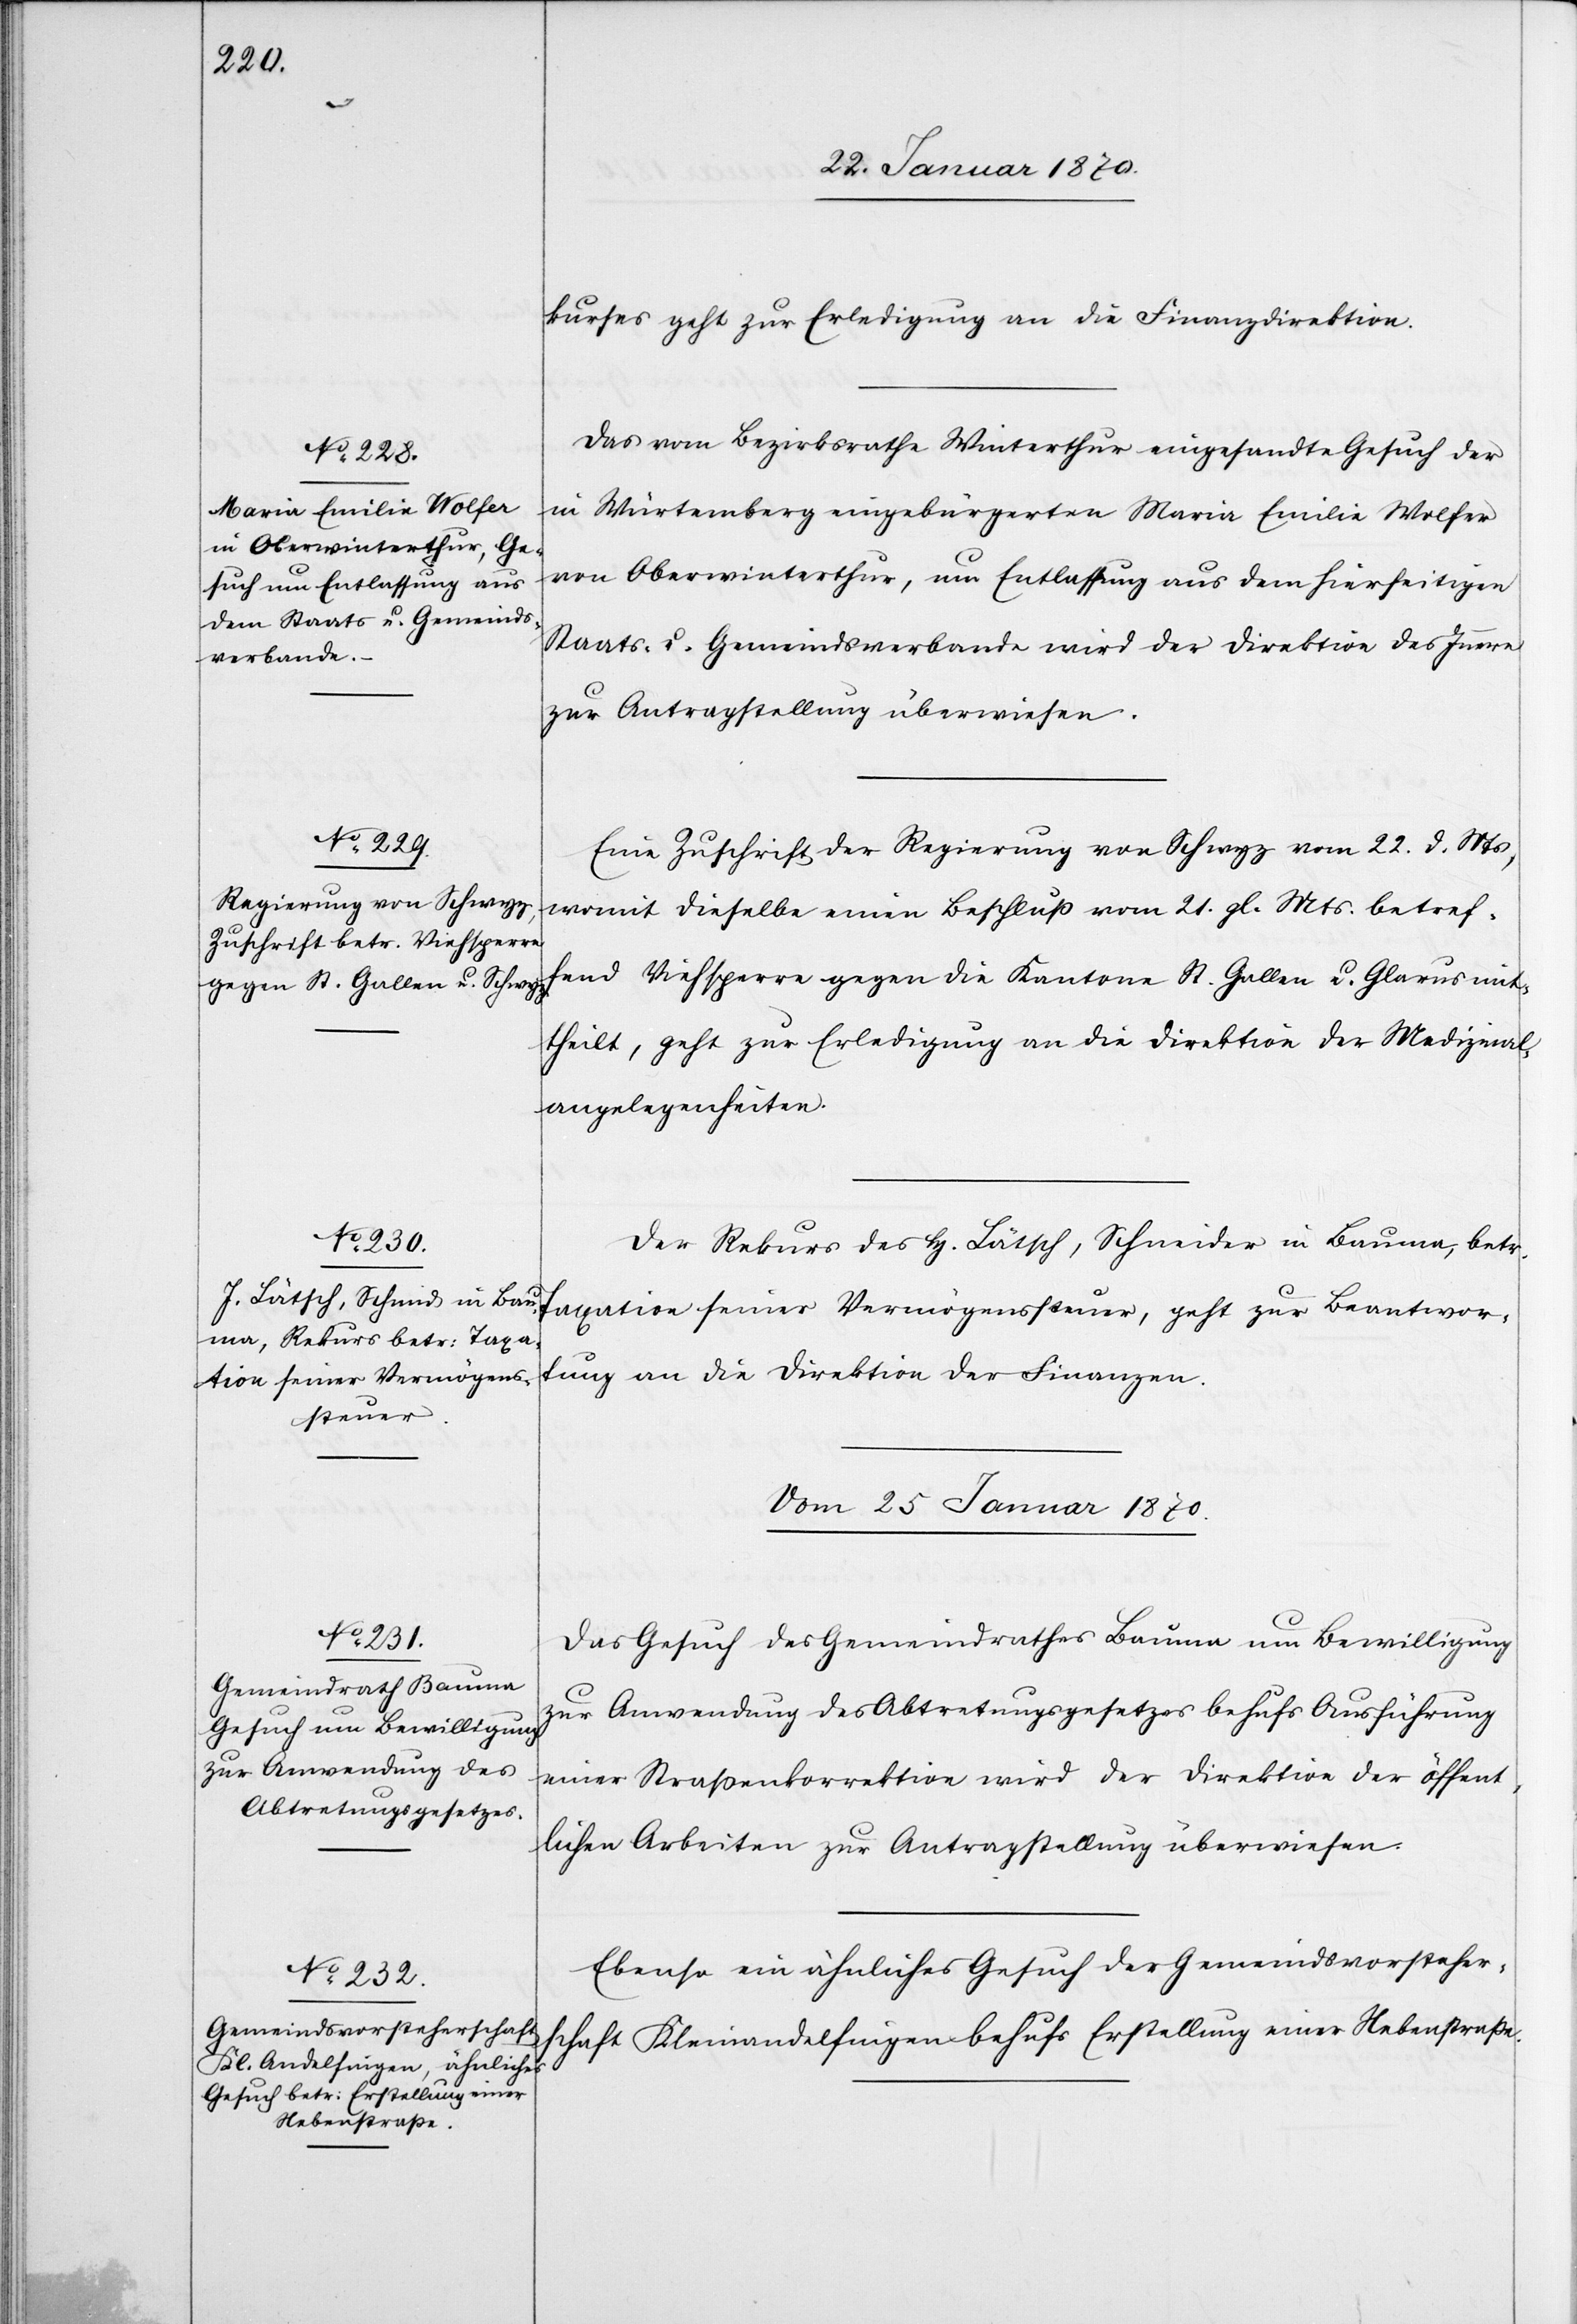
24. Januar 1870.]
kurses geht zur Erledigung an die Finanzdirektion.
Das vom Bezirksrathe Winterthur eingesandte Gesuch der
in Würtemberg eingebürgerten Maria Emilie Wolfer
von Oberwinterthur, um Entlassung aus dem hierseitigen
Staats- u. Gemeindsverbande wird der Direktion des Innern
zur Antragstellung überwiesen.
Eine Zuschrift der Regierung von Schwyz vom 22. d. Mts,
womit dieselbe einen Beschluß vom 21. gl. Mts. betref¬
fend Viehsperre gegen die Kantone St. Gallen u. Glarus mit¬
theilt, geht zur Erledigung an die Direktion der Medizinal¬
angelegenheiten.
Der Rekurs des H. Lätsch, Schneider [sic!] in Bauma, betr.
Taxation seiner Vermögenssteuer, geht zur Beantwor¬
tung an die Direktion der Finanzen.
Vom 25 Januar 1870.]
Das Gesuch des Gemeindrathes Bauma um Bewilligung
zur Anwendung des Abtretungsgesetzes behufs Ausführung
einer Straßenkorrektion wird der Direktion der öffent¬
lichen Arbeiten zur Antragstellung überwiesen.
Ebenso ein ähnliches Gesuch der Gemeindsvorsteher¬
schaft Kleinandelfingen behufs Erstellung einer Nebenstraße.